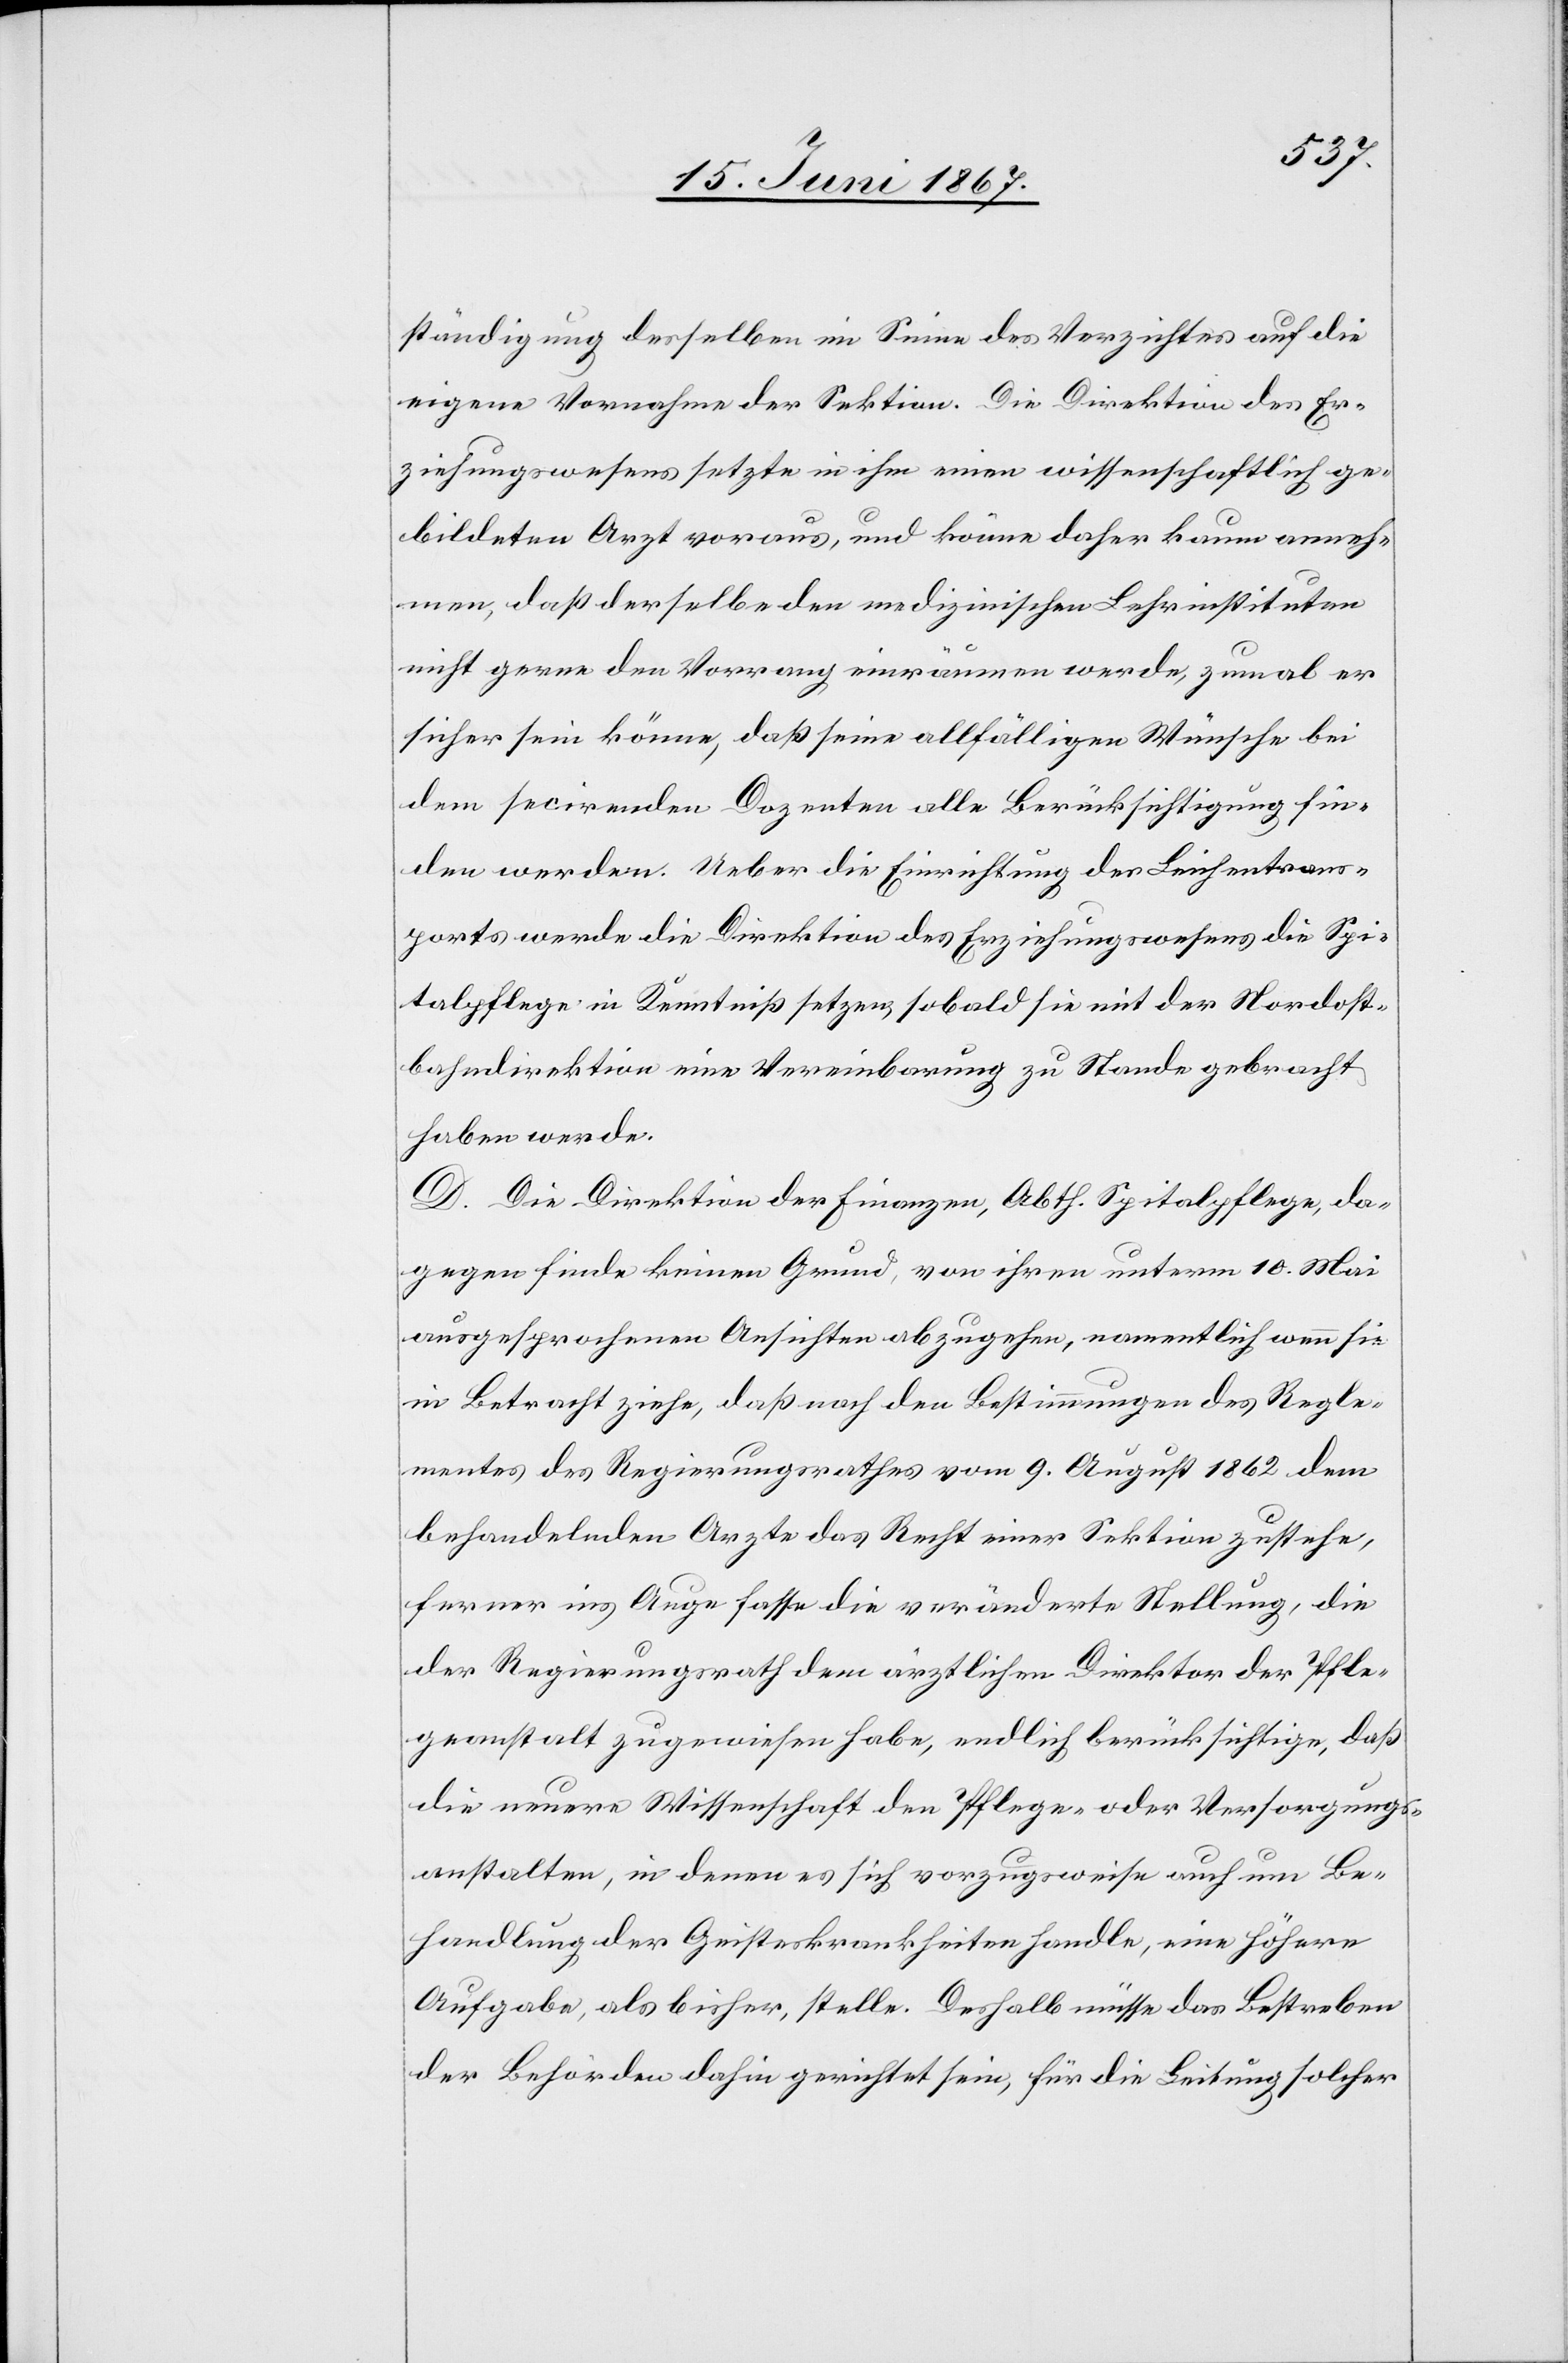
ständigung desselben im Sinne des Verzichtes auf die
eigene Vornahme der Sektion. Die Direktion des Er¬
ziehungswesens setzte in ihm einen wissenschaftlich ge¬
bildeten Arzt voraus, und könne daher kaum anneh¬
men, daß derselbe den medizinischen Lehrinstituten
nicht gerne den Vorrang einräumen werde, zumal er
sicher sein könne, daß seine allfälligen Wünsche bei
dem sectirenden Dozenten alle Berücksichtigung fin¬
den werden. Ueber die Einrichtung des Leichentrans¬
ports werde die Direktion des Erziehungswesens die Spi¬
talpflege in Kenntniß setzen, sobald sie mit der Nordost¬
bahndirektion eine Vereinbarung zu Stande gebracht
haben werde.
D. Die Direktion der Finanzen, Abth. Spitalpflege, da¬
gegen finde keinen Grund, von ihren unterm 10. Mai
ausgesprochenen Ansichten abzugehen, namentlich wenn sie
in Betracht ziehe, daß nach den Bestimmungen des Regle¬
mentes des Regierungsrathes vom 9. August 1862 dem
behandelnden Arzte das Recht einer Sektion zustehe,
ferner ins Auge fasse die veränderte Stellung, die
der Regierungsrath dem ärztlichen Direktor der Pfle¬
geanstalt zugewiesen habe, endlich berücksichtige, daß
die neuere Wissenschaft den Pflege- oder Versorgungs¬
anstalten, in denen es sich vorzugsweise auch um Be¬
handlung der Geisteskrankheiten handle, eine höhere
Aufgabe, als bisher, stelle. Deshalb müsse das Bestreben
der Behörden dahin gerichtet sein, für die Leitung solcher